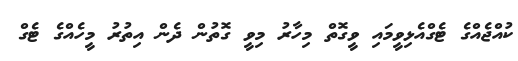
ކުއްޖެއްގެ ޓެގްއެޅިވީމައި ވީގޮތް މިހާރު މިވީ ގޮތުން ދެން އިތުރު މީހެއްގެ ޓެގް